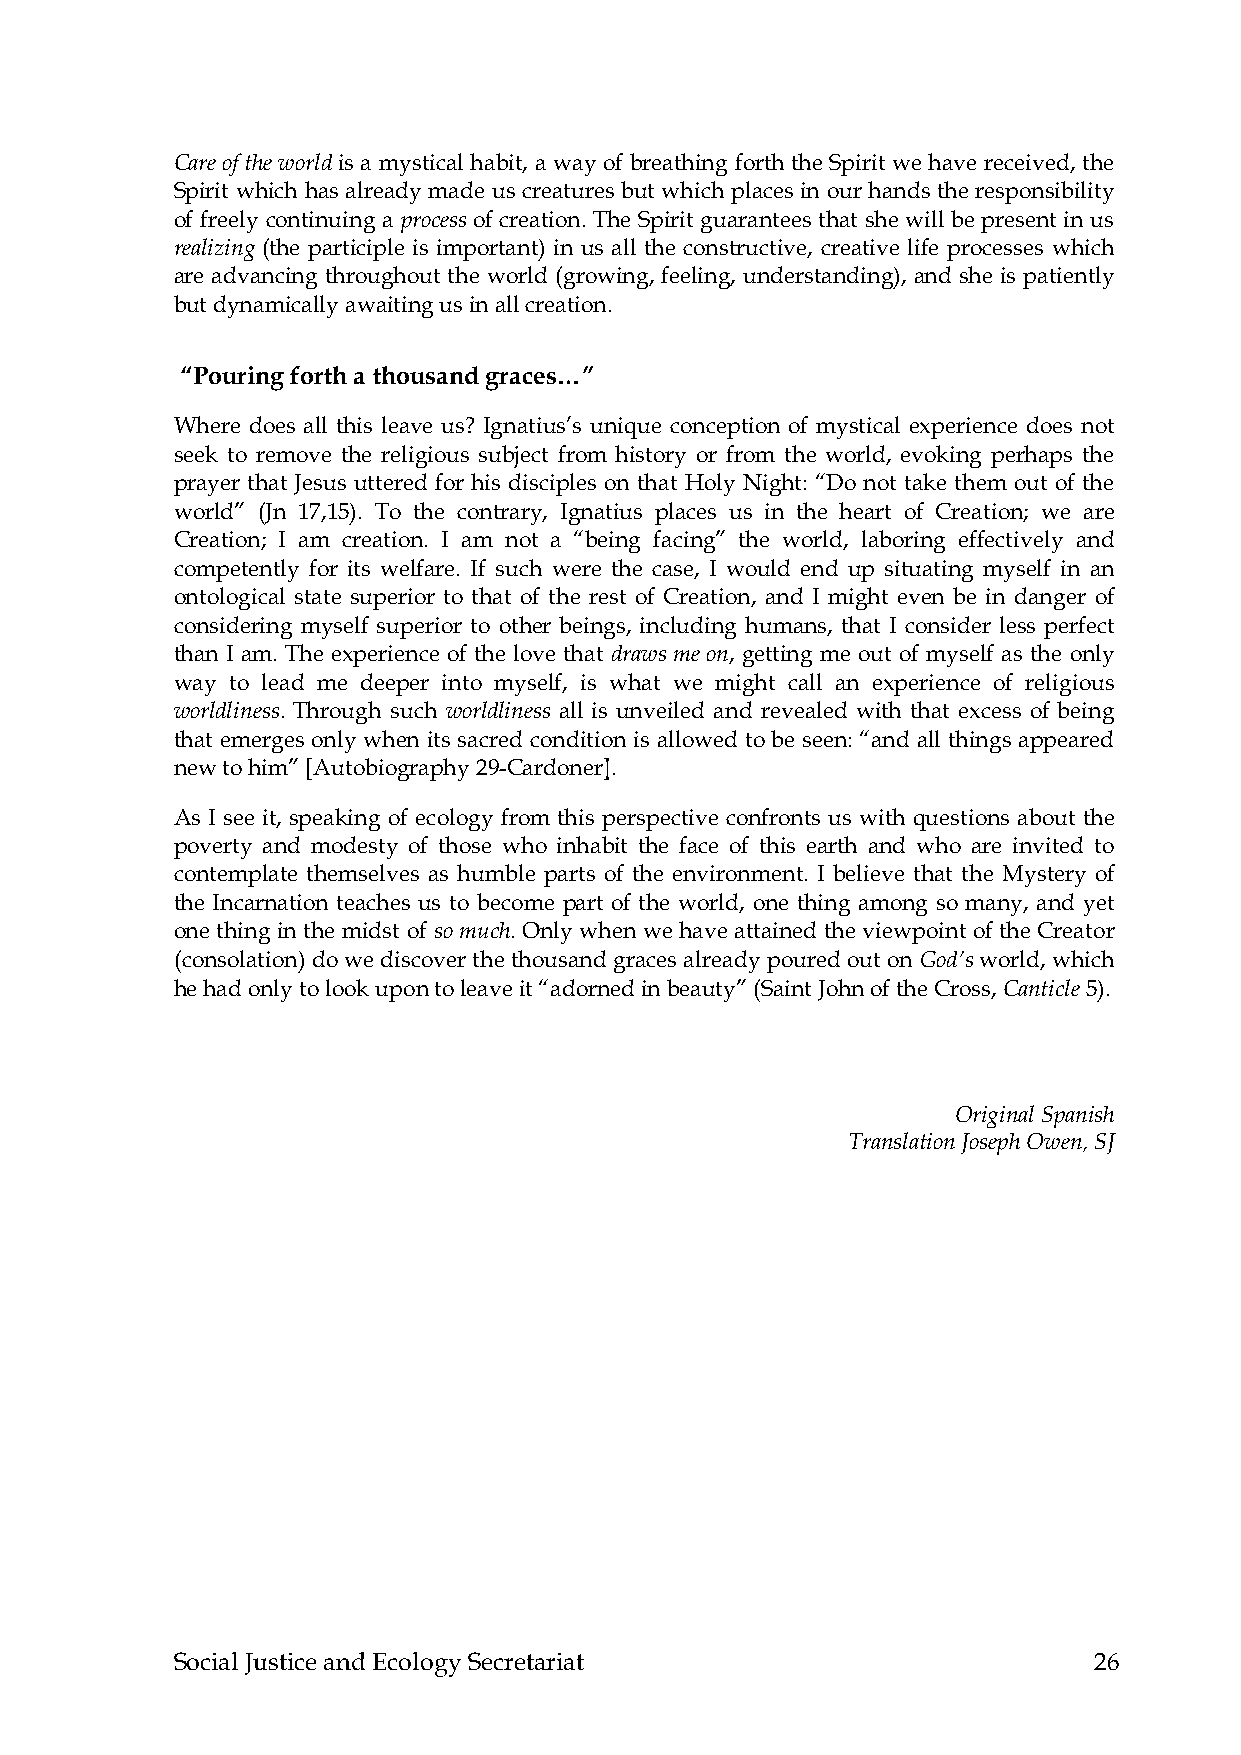
Care of the world is a mystical habit, a way of breathing forth the Spirit we have received, the
 Spirit which has already made us creatures but which places in our hands the responsibility
 of freely continuing a process of creation. The Spirit guarantees that she will be present in us
 realizing (the participle is important) in us all the constructive, creative life processes which
 are advancing throughout the world (growing, feeling, understanding), and she is patiently
 but dynamically awaiting us in all creation.
 “Pouring forth a thousand graces…”
 Where does all this leave us? Ignatius’s unique conception of mystical experience does not
 seek to remove the religious subject from history or from the world, evoking perhaps the
 prayer that Jesus uttered for his disciples on that Holy Night: “Do not take them out of the
 world” (Jn 17,15). To the contrary, Ignatius places us in the heart of Creation; we are
 Creation; I am creation. I am not a “being facing” the world, laboring effectively and
 competently for its welfare. If such were the case, I would end up situating myself in an
 ontological state superior to that of the rest of Creation, and I might even be in danger of
 considering myself superior to other beings, including humans, that I consider less perfect
 than I am. The experience of the love that draws me on, getting me out of myself as the only
 way to lead me deeper into myself, is what we might call an experience of religious
 worldliness. Through such worldliness all is unveiled and revealed with that excess of being
 that emerges only when its sacred condition is allowed to be seen: “and all things appeared
 new to him” [Autobiography 29-Cardoner].
 As I see it, speaking of ecology from this perspective confronts us with questions about the
 poverty and modesty of those who inhabit the face of this earth and who are invited to
 contemplate themselves as humble parts of the environment. I believe that the Mystery of
 the Incarnation teaches us to become part of the world, one thing among so many, and yet
 one thing in the midst of so much. Only when we have attained the viewpoint of the Creator
 (consolation) do we discover the thousand graces already poured out on God’s world, which
 he had only to look upon to leave it “adorned in beauty” (Saint John of the Cross, Canticle 5).
 Original Spanish
 Translation Joseph Owen, SJ
 Social Justice and Ecology Secretariat                      26